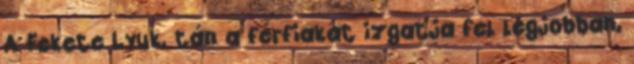
A Fekete Lyuk, tán a férfiakat izgatja fel legjobban,